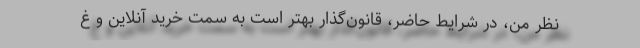
نظر من، در شرایط حاضر، قانون‌گذار بهتر است به سمت خرید آنلاین و غ